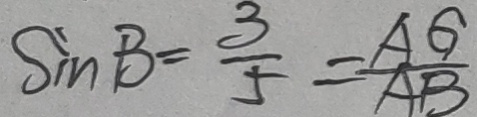
\sin B = \frac { 3 } { 5 } = \frac { A G } { A B }